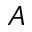
A